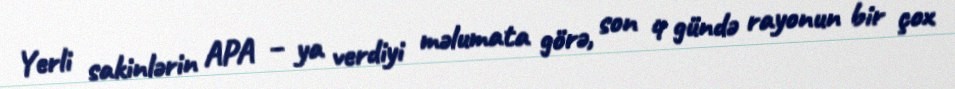
Yerli sakinlərin APA – ya verdiyi məlumata görə, son 4 gündə rayonun bir çox